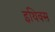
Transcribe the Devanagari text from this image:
इथिक्स्